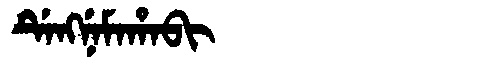
Manchu: ᡩᡝᠩᠨᡝᠮᠠᡥᠠᠪᡳ
Romanization: DENGNEMAHABI